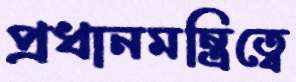
প্রধানমন্ত্রিত্বে